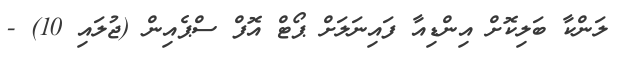
ލަންކާ ބަލިކޮށް އިންޑިއާ ފައިނަލަށް ޕޯޓް އޮފް ސްޕެއިން (ޖުލައި 10) -